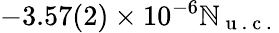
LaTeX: -3.57(2)\times10^{-6}\mathbb{N}_{\mathrm{{~u~.~c~.~}}}